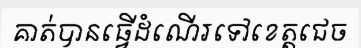
គាត់បានធ្វើដំណើរទៅខេត្តជេច